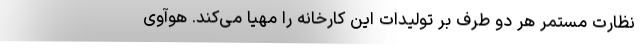
نظارت مستمر هر دو طرف بر تولیدات این کارخانه را مهیا می‌کند. هوآوی